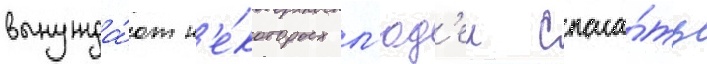
вынужда́ют н'е́которых л'юд'еи спаса́ть